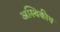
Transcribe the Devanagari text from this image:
अस्थिकीय